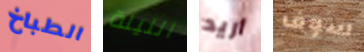
الطباخ الليلة أريد سوف